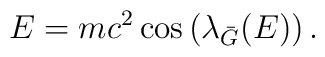
E = mc^2 \cos \left({\lambda}_{\bar{G}}(E) \right).